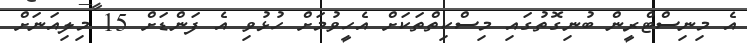
އެ މިނިސްޓްރީން ބުނިގޮތުގައި މިސްކިތްތަކަށް އެހީވުމަށް ހުޅުވި އެ ފަންޑަށް 15 މިލިއަނަށް